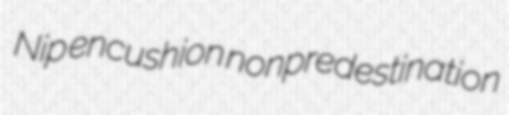
Nip encushion nonpredestination